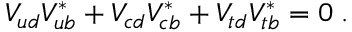
V _ { u d } V _ { u b } ^ { * } + V _ { c d } V _ { c b } ^ { * } + V _ { t d } V _ { t b } ^ { * } = 0 \; .